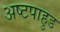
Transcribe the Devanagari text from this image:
अष्टपाहुड